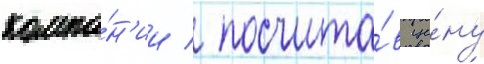
компа́н'ии / посчита́в це́ну